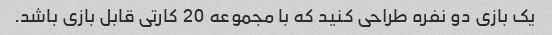
یک بازی دو نفره طراحی کنید که با مجموعه 20 کارتی قابل بازی باشد.